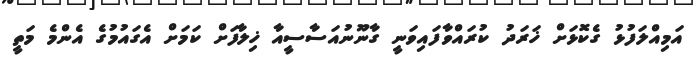
އަމިއްލަފުޅު ގެކޮޅަށް ޚަރަދު ކުރައްވާފައިވަނީ ގާނޫނުއަސާސީއާ ޚިލާފަށް ކަމަށް އެގައުމުގެ އެންމެ މަތީ